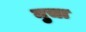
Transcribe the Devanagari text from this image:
नुचा